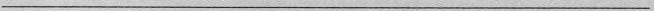
___